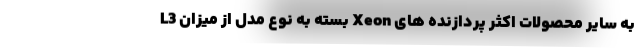
به سایر محصولات اکثر پردازنده های Xeon بسته به نوع مدل از میزان L3